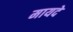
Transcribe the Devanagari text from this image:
मायदे